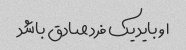
او باید یک فرد صادق باشد